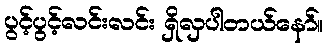
ပွင့်ပွင့်လင်းလင်း ရှိလှပါတယ်နော်။